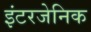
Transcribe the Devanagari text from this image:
इंटरजेनिक